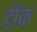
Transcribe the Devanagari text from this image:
टौक